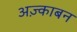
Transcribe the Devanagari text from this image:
अज़्काबन